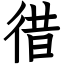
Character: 徣